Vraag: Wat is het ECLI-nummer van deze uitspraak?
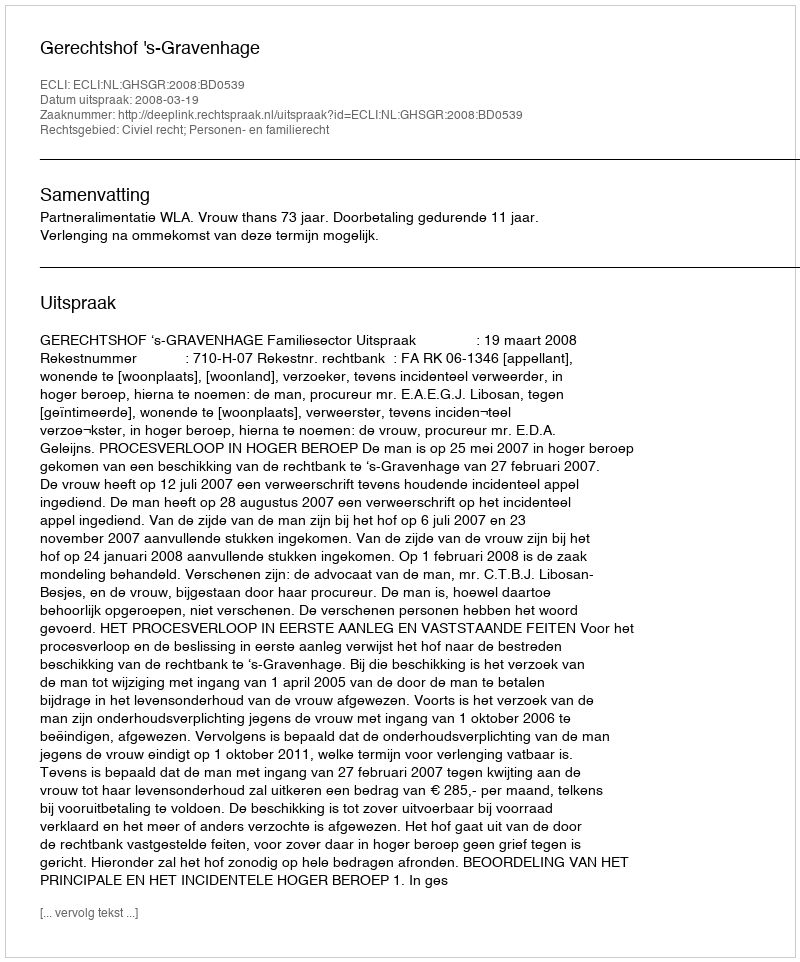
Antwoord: ECLI:NL:GHSGR:2008:BD0539